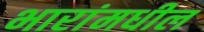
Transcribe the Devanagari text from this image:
भारांमधील